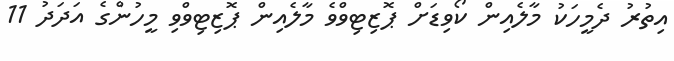
އިތުރު ދެމީހަކު މާލެއިން ކޯވިޑަށް ޕޮޒިޓިވްވެ މާލެއިން ޕޮޒިޓިވްވި މީހުންގެ އަދަދު 11